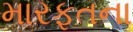
મારફતના